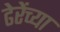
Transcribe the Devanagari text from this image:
ढेरेंच्या